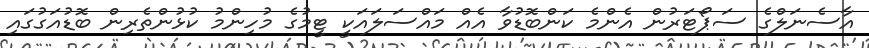
އާސެނަލްގެ ސަޕޯޓަރުން އެންމެ ކަންބޮޑުވާ އެއް މައްސަލައަކީ ޓީމުގެ މުހިންމު ކުޅުންތެރިން ބޮޑުއަގުގައި